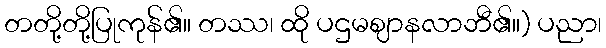
တတို့တို့ပြုကုန်၏။ တဿ၊ ထို ပဌမဈာနလာဘီ၏။) ပညာ၊